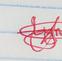
Signature authenticity: genuine